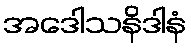
အဒေါသနိဒါနံ